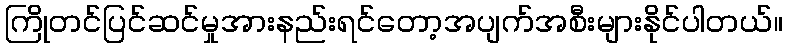
ကြိုတင်ပြင်ဆင်မှုအားနည်းရင်တော့အပျက်အစီးများနိုင်ပါတယ်။